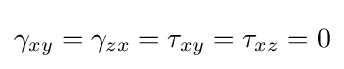
\gamma _{xy}=\gamma _{zx}=\tau _{xy}=\tau _{xz}=0